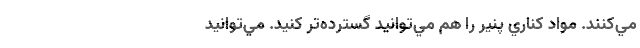
مي‌كنند. مواد كناري پنير را هم مي‌توانيد گسترده‌تر كنيد. مي‌توانيد